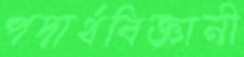
পদার্থবিজ্ঞানী